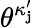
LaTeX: \theta^{\kappa_{\mathbf{j}}^{\prime}}